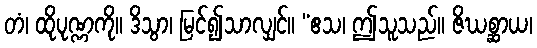
တံ၊ ထိုပုဏ္ဏကို။ ဒိသွာ၊ မြင်၍သာလျှင်။ “ဧသ၊ ဤသူသည်။ ဇိဃစ္ဆာယ၊